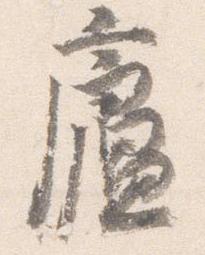
廬